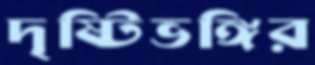
দৃষ্টিভঙ্গির